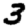
Digit: 3